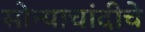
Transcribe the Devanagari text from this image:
सोन्याचांदीचे